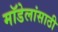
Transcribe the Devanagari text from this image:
मॉडेलांसाठी